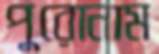
পুরোনাম